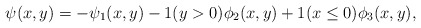
\begin{align*}\psi(x,y)=-\psi_1(x,y)-1(y>0)\phi_2(x,y)+1(x\le0)\phi_3(x,y),\end{align*}